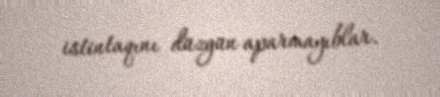
istintaqını düzgün aparmayıblar.